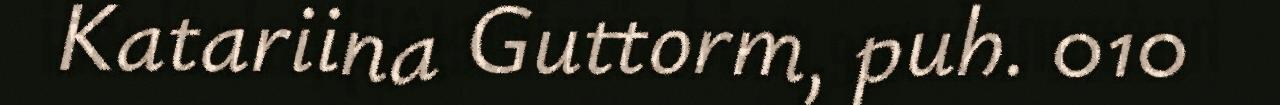
Katariina Guttorm, puh. 010